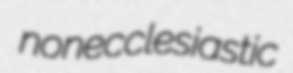
nonecclesiastic